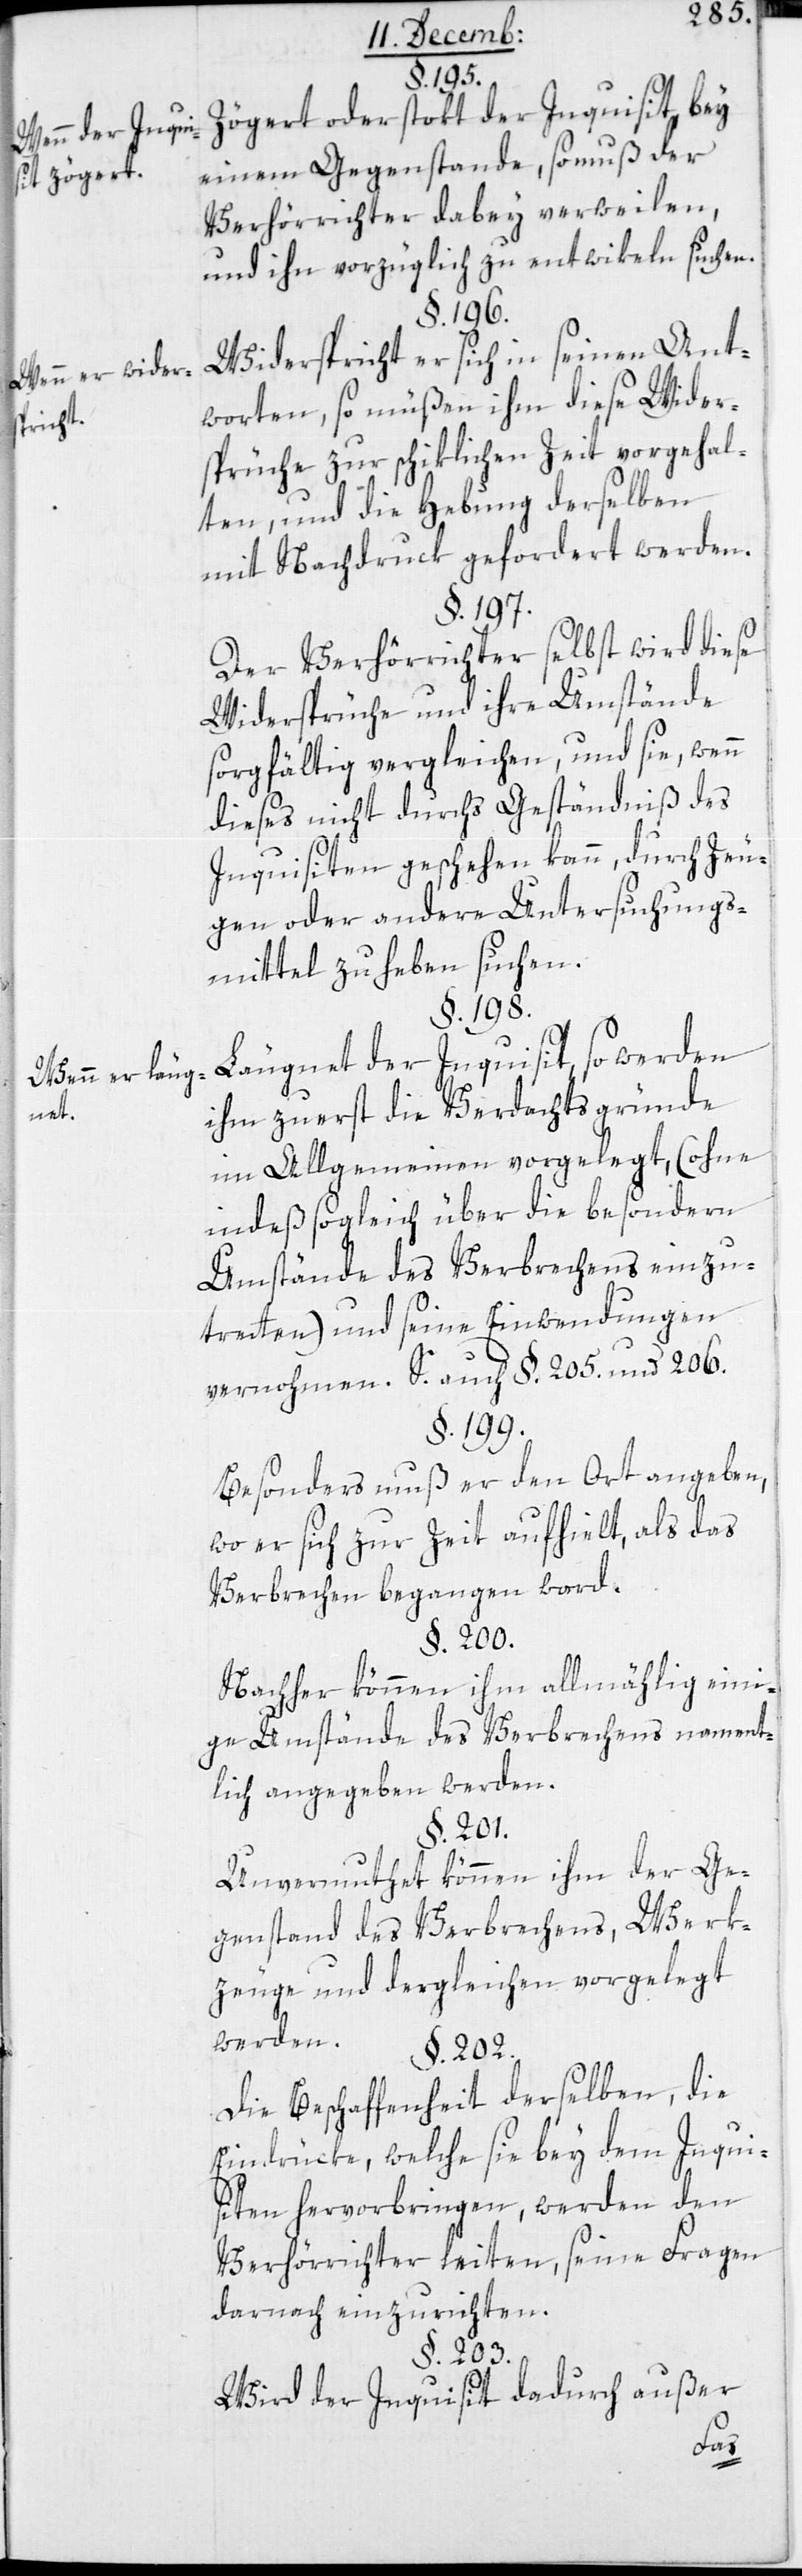
Wenn der Inqui¬
sit zögert.
Wenn er wider¬
spricht.
Wenn er läug¬
net.

§. 198.
Zögert oder stokt der Inquisit, bey
einem Gegenstande, so muß der
Verhörrichter dabey verweilen,
und ihn vorzüglich zu entwikeln suchen.
§. 196.
Widerspricht er sich in seinen Ant¬
worten, so müßen ihm diese Wider¬
sprüche zur schiklichen Zeit vorgehal¬
ten, und die Hebung derselben
mit Nachdruck gefordert werden.
§. 197.
Der Verhörrichter selbst wird diese
Widersprüche und ihre Umstände
sorgfältig vergleichen und sie, wenn
dieses nicht durchs Geständnis des
Inquisiten geschehen kann, durch Zeu¬
gen oder andere Untersuchungs¬
mittel zu heben suchen.
Läugnet der Inquisit, so werden
ihm zuerst die Verdachtsgründe
im Allgemeinen vorgelegt, (ohne
indeß sogleich über die besondern
Umstände des Verbrechens einzu¬
tretten) und seine Einwendungen
vernohmen. Siehe auch §. 205. und 206.
§. 199.
Besonders muß er den Ort angeben,
wo er sich zur Zeit aufhielt, als das
Verbrechen begangen ward.
§. 200.
Nachher können ihm allmählig eini¬
ge Umstände des Verbrechens nament¬
lich angegeben werden.
§. 201.
Unvermuthet können ihm der Ge¬
genstand des Verbrechens, Werk¬
zeuge und dergleichen vorgelegt
werden.
§. 202.
Die Beschaffenheit derselben, die
Eindrücke, welche sie bey dem Inqui¬
siten hervorbringen, werden den
Verhörrichter leiten, seine Fragen
darnach einzurichten.
§. 203.
Wird der Inquisit dadurch außer